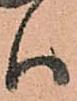
ハ